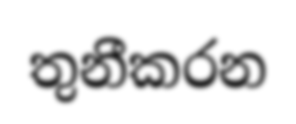
තුනීකරන